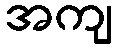
အကျ